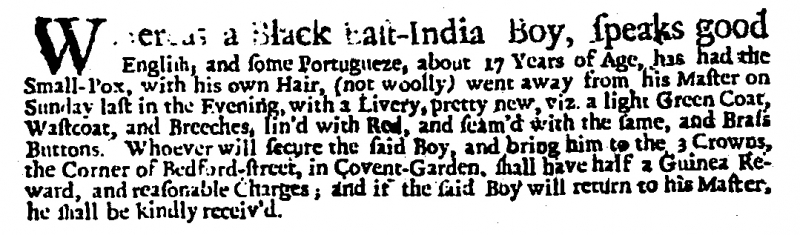
Post Boy (1695), 22 December 1711 (England)
Whereas a Black East-India Boy, speaks good English, and some Portugueze, about 17 Years of Age, has had the Small-Pox, with his own Hair, (not woolly) went away from his Master on Sunday last in the Evening, with a Livery, pretty new, viz. a light Green Coat, Wastcoat, and Breeches, lin’d with Red, and seam’d with the same, and Brass Buttons. Whoever will secure the said Boy, and bring him to the 3 Crowns, the Corner of Bedford-street, in Covent-Garden, shall have half a Guinea Reward, and reasonable Charges; and if the said Boy will return to his Master, he shall be kindly receiv’d.